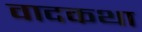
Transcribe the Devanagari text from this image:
वादकथा